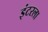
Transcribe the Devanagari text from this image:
इंटरला